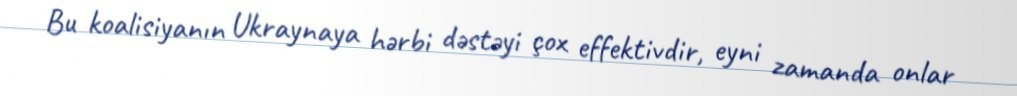
Bu koalisiyanın Ukraynaya hərbi dəstəyi çox effektivdir, eyni zamanda onlar